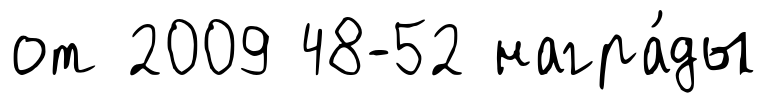
от 2009 48-52 награ́ды